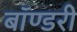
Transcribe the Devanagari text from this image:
बॉण्डरी